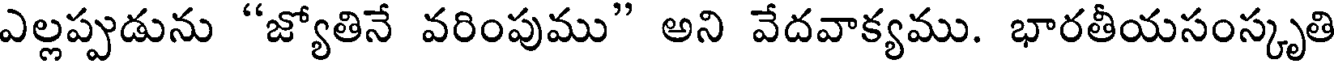
ఎల్లప్పుడును "జ్యోతినే వరింపుము" అని వేదవాక్యము. భారతీయసంస్కృతి